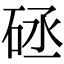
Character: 𥒡